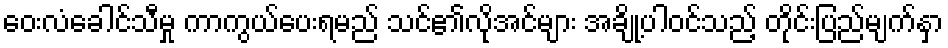
ဝေးလံခေါင်သီမှု ကာကွယ်ပေးရမည် သင်၏လိုအင်များ အချို့ပါဝင်သည့် တိုင်းပြည်မျက်နှာ